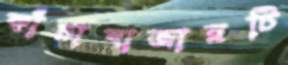
কাঁচাবাজারটি